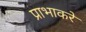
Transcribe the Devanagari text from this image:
प्राभाकरे